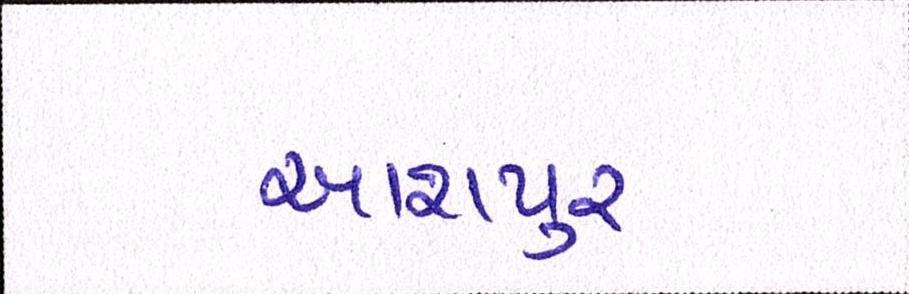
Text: આશપુર